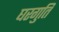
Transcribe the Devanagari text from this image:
घरगुति